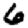
Digit: 6